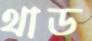
থাড